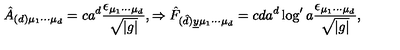
\hat { A } _ { ( d ) \mu _ { 1 } \cdots \mu _ { d } } = c a ^ { d } \frac { \epsilon _ { \mu _ { 1 } \cdots \mu _ { d } } } { \sqrt { | g | } } , \Rightarrow \hat { F } _ { ( \hat { d } ) \underline { { y } } \mu _ { 1 } \cdots \mu _ { d } } = c d a ^ { d } \log ^ { \prime } { a } \frac { \epsilon _ { \mu _ { 1 } \cdots \mu _ { d } } } { \sqrt { | g | } } ,